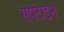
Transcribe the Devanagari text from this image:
सर्पेंटाइन